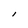
Character: l